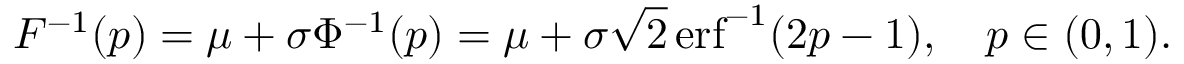
F ^ { - 1 } ( p ) = \mu + \sigma \Phi ^ { - 1 } ( p ) = \mu + \sigma { \sqrt { 2 } } \operatorname { e r f } ^ { - 1 } ( 2 p - 1 ) , \quad p \in ( 0 , 1 ) .